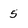
Character: 5